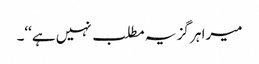
میرا ہر گز یہ مطلب نہیں ہے‘‘۔